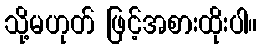
သို့မဟုတ် ဖြင့်အစားထိုးပါ။